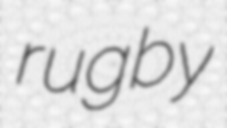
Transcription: rugby